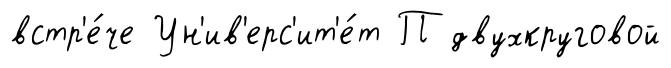
встр'е́че Ун'ив'ерс'ит'е́т П двухкруговой